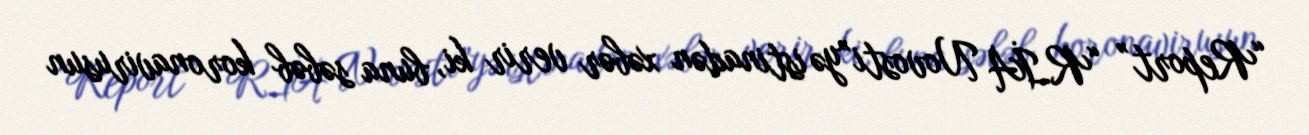
“Report” “RİA Novosti”yə istinadən xəbər verir ki, buna səbəb koronavirusun